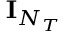
{ \mathbf { I } } _ { N _ { T } }